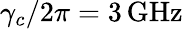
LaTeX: \gamma_{c}/2\pi=3\, \textrm{GHz}